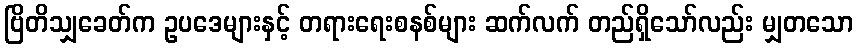
ဗြိတိသျှခေတ်က ဥပဒေများနှင့် တရားရေးစနစ်များ ဆက်လက် တည်ရှိသော်လည်း မျှတသော